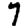
Digit: 7